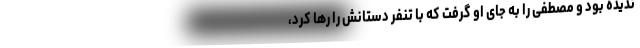
ندیده بود و مصطفی را به جای او گرفت که با تنفر دستانش را رها کرد،